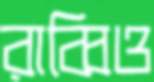
রাব্বিও